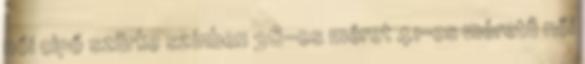
női cipő szürke színben 36-os méret 41-es méretű női